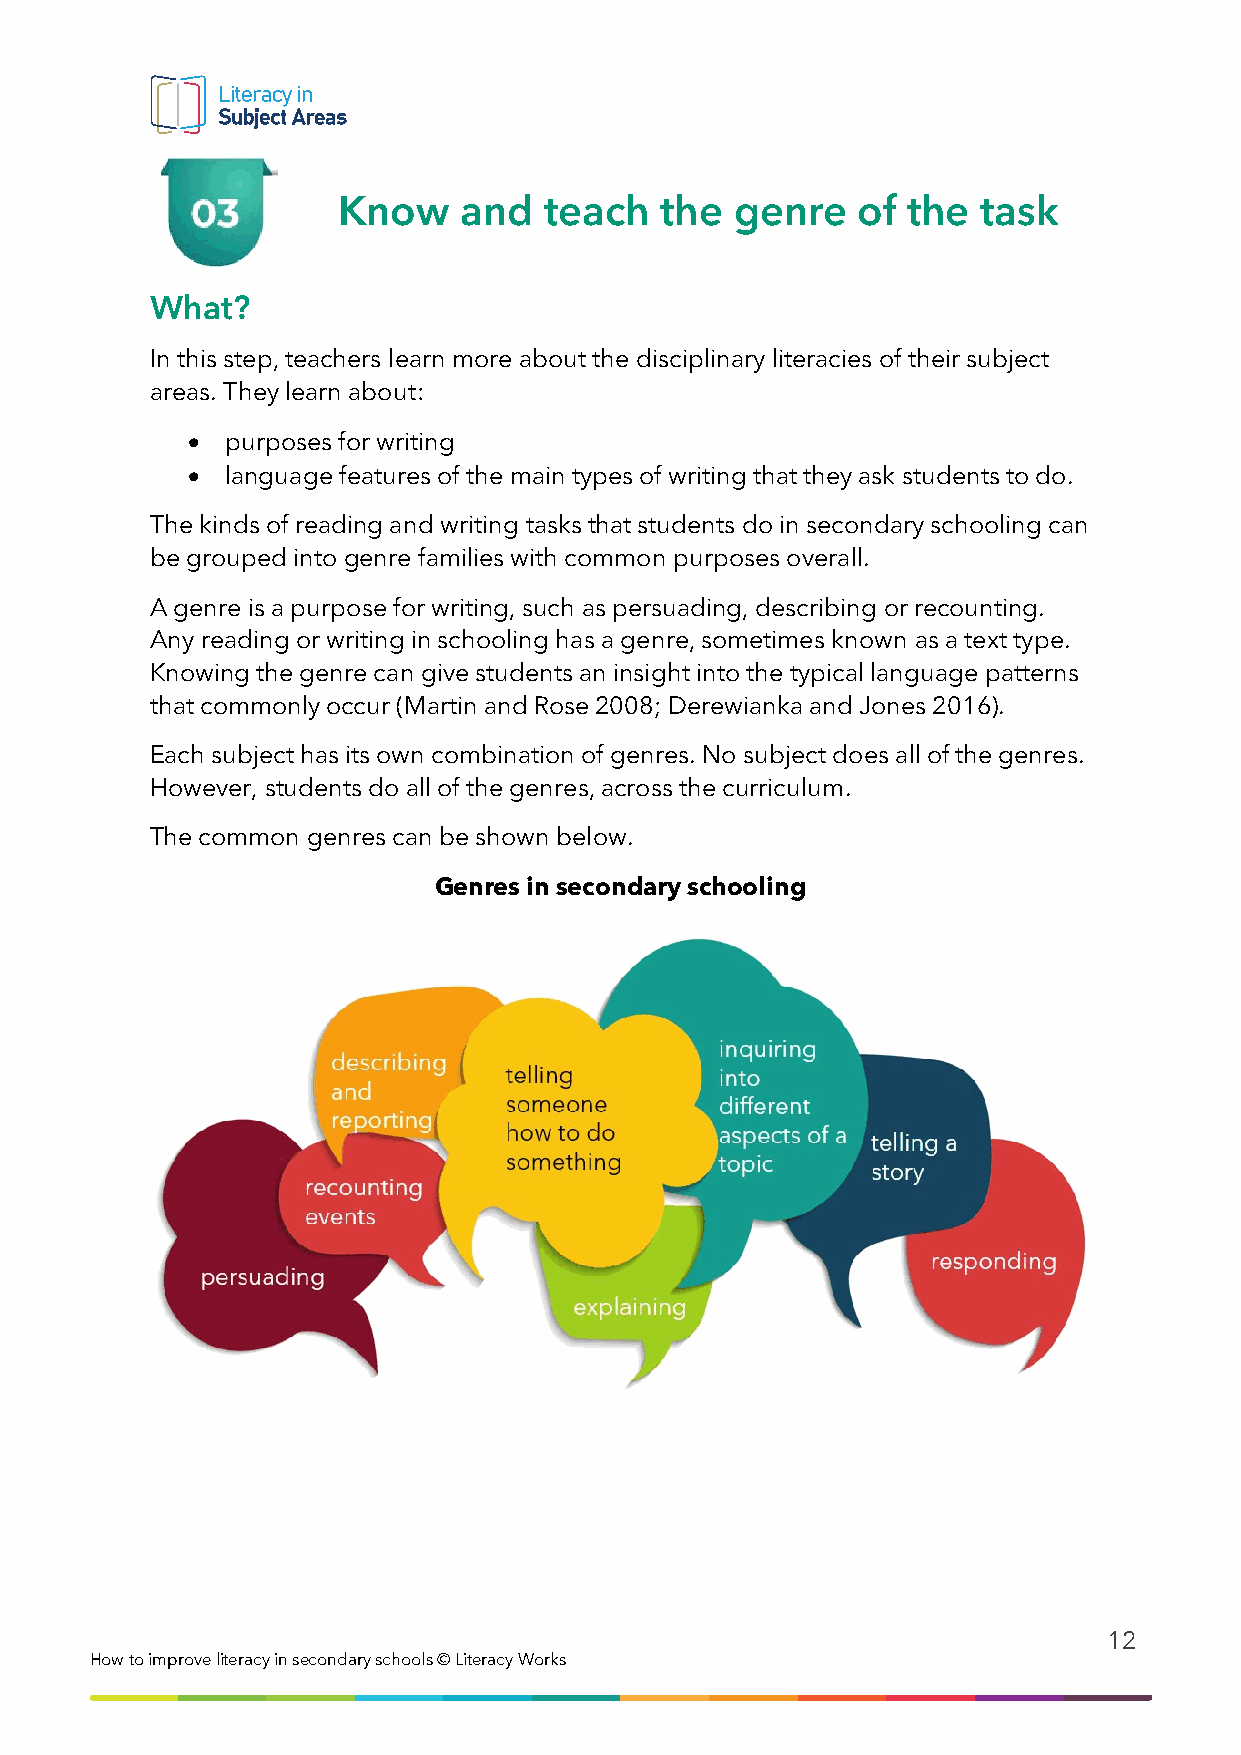
Know    and   teach   the  genre   of the  task
 What?
 In this step, teachers learn more about the disciplinary literacies of their subject
 areas. They learn about:
 •  purposes for writing
 •  language features of the main types of writing that they ask students to do.
 The kinds of reading and writing tasks that students do in secondary schooling can
 be grouped into genre families with common purposes overall.
 A genre is a purpose for writing, such as persuading, describing or recounting.
 Any reading or writing in schooling has a genre, sometimes known as a text type.
 Knowing the genre can give students an insight into the typical language patterns
 that commonly occur (Martin and Rose 2008; Derewianka and Jones 2016).
 Each subject has its own combination of genres. No subject does all of the genres.
 However, students do all of the genres, across the curriculum.
 The common genres can be shown below.
 Genres in secondary schooling
 12
 How to i mprove literacy in secondary schools © Literacy Works